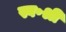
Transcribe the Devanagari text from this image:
स्व॰श्री